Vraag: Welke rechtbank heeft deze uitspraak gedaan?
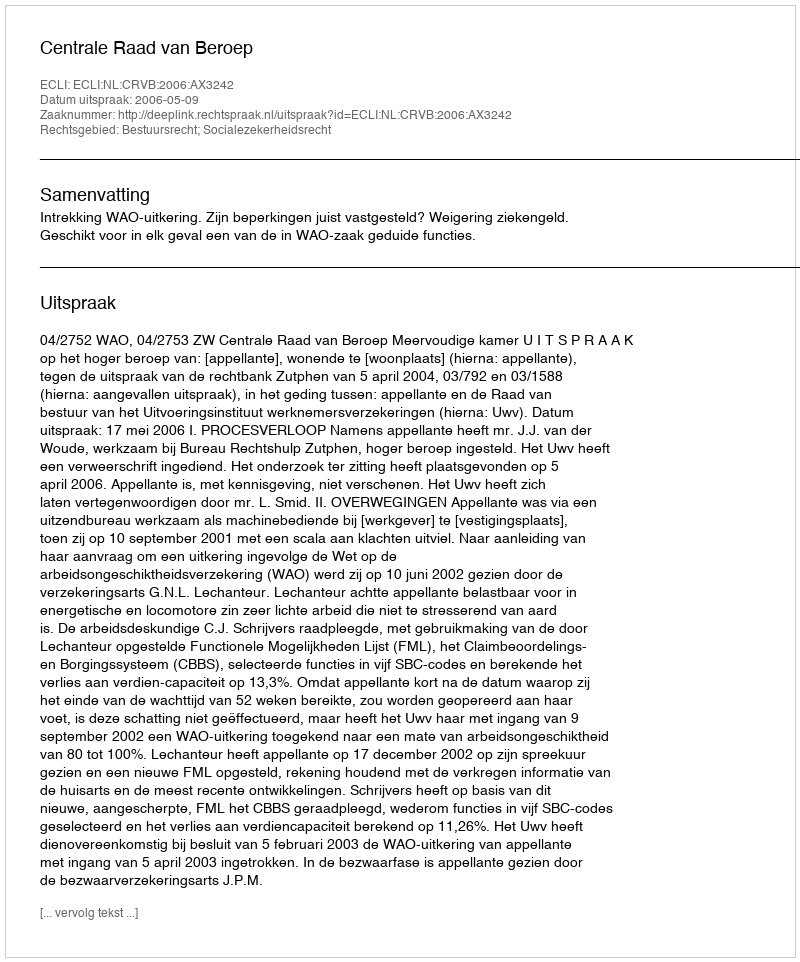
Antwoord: Centrale Raad van Beroep